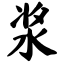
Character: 浆